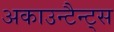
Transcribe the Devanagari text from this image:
अकाउन्टैन्ट्स